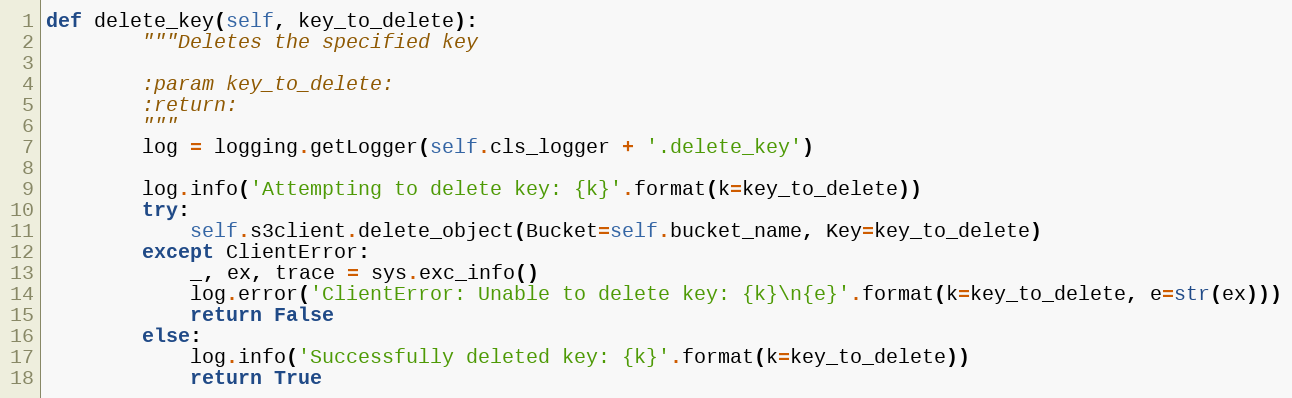
Language: Python
def delete_key(self, key_to_delete):
        """Deletes the specified key

        :param key_to_delete:
        :return:
        """
        log = logging.getLogger(self.cls_logger + '.delete_key')

        log.info('Attempting to delete key: {k}'.format(k=key_to_delete))
        try:
            self.s3client.delete_object(Bucket=self.bucket_name, Key=key_to_delete)
        except ClientError:
            _, ex, trace = sys.exc_info()
            log.error('ClientError: Unable to delete key: {k}\n{e}'.format(k=key_to_delete, e=str(ex)))
            return False
        else:
            log.info('Successfully deleted key: {k}'.format(k=key_to_delete))
            return True